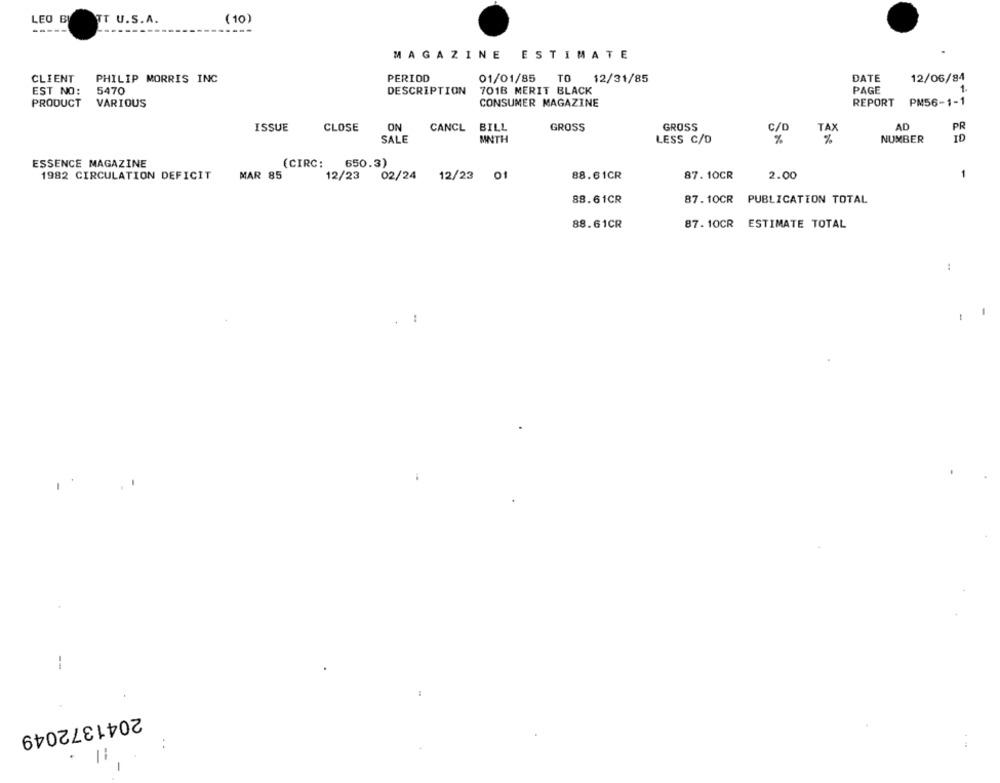
LEO BY
TT U.S.A.
( 10)
MAGAZINE ESTIMATE
CLIENT
PHILIP MORRIS INC
PERIOD
01/01/85
TO
12/31/85
DATE
12/06/84
1.
EST NO:
5470
DESCRIPTION
7018 MERIT BLACK
PAGE
PRODUCT VARIOUS
CONSUMER MAGAZINE
REPORT
PM56-1-1
GROSS
GROSS
AD
ISSUE
CLOSE
ON
CANCL BILL
C/C
TAX
PR
SALE
MNTH
LESS C/D
%
NUMBER
ID
ESSENCE MAGAZINE
(CIRC:
650.3)
1982 CIRCULATION DEFICIT
MAR 85
12/23
02/24
12/23
01
88.61CR
87. 10CR
2.00
88.61CR
87. 10CR PUBLICATION TOTAL
88.61CR
87. 10CR ESTIMATE TOTAL
..
--
2041372049
11